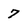
Character: 7